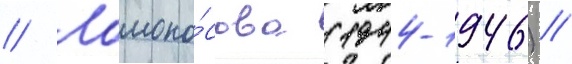
// Ломоно́сова (1944-1946) //